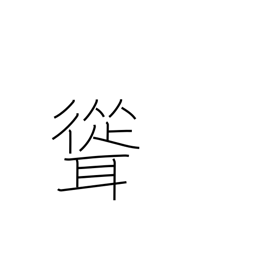
Meaning: tower